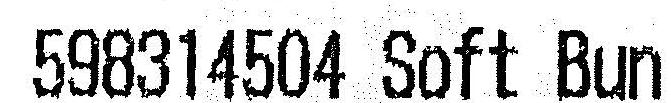
598314504 SOFT BUN